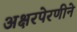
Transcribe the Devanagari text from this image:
अक्षरपेरणीने